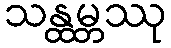
သန္ထမ္ဘဿု